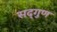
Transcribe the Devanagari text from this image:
सद्‌गुण